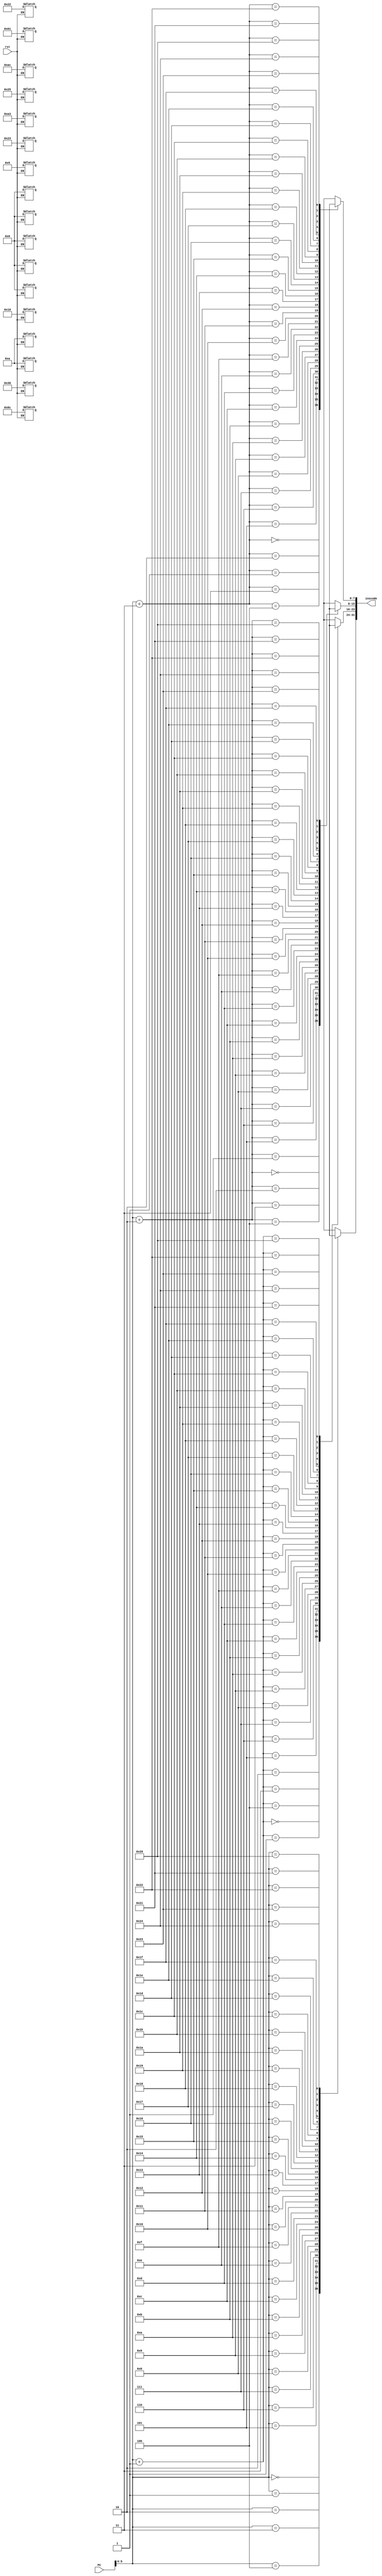
`timescale 1ns / 1ps
//////////////////////////////////////////////////////////////////////////////////
// Company: 
// Engineer: 
// 
// Design Name: 
// Module Name: ins_mem
// Project Name: 
// Target Devices: 
// Tool Versions: 
// Description: 
// 
// Dependencies: 
// 
// Revision:
// Revision 0.01 - File Created
// Additional Comments:
// 
//////////////////////////////////////////////////////////////////////////////////


module ins_mem(PC,rst,inscode);
input [31:0] PC;
input rst;
output [31:0] inscode;
reg [7:0] Mem [36:0];

assign inscode = {Mem[PC], Mem[PC+1], Mem[PC+2], Mem[PC+3]};

always @(rst)
begin
if(rst==0)
begin

Mem[0]=8'h8C; Mem[1]=8'h22; Mem[2]=8'h00; Mem[3]=8'h0A;

Mem[4]=8'hAC; Mem[5]=8'h23; Mem[6]=8'h00; Mem[7]=8'h05;

Mem[8]=8'h00; Mem[9]=8'hA3; Mem[10]=8'h10; Mem[11]=8'h25;

Mem[12]=8'h00; Mem[13]=8'hC7; Mem[14]=8'h08; Mem[15]=8'h25;

Mem[16]=8'h30; Mem[13]=8'h61; Mem[14]=8'h00; Mem[15]=8'h0A; 

end
end
endmodule